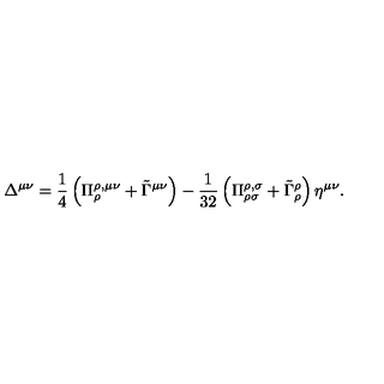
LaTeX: \Delta ^ { \mu \nu } = \frac 1 4 \left( \Pi _ { \rho } ^ { \rho , \mu \nu } + \tilde { \Gamma } ^ { \mu \nu } \right) - { \frac 1 { 3 2 } } \left( \Pi _ { \rho \sigma } ^ { \rho , \sigma } + \tilde { \Gamma } _ { \rho } ^ { \rho } \right) \eta ^ { \mu \nu } .